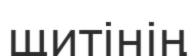
щитінің